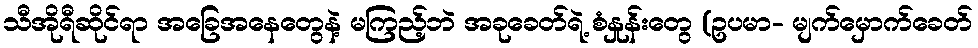
သီအိုရီဆိုင်ရာ အခြေအနေတွေနဲ့ မကြည့်ဘဲ အခုခေတ်ရဲ့ စံနှုန်းတွေ (ဥပမာ- မျက်မှောက်ခေတ်